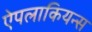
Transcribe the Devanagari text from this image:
ऐपलाकियन्स